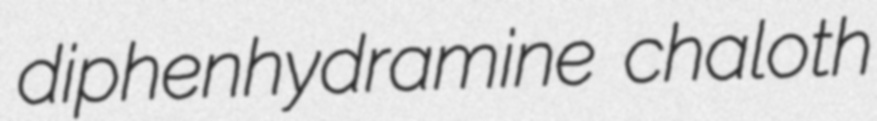
diphenhydramine chaloth